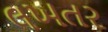
લખતર